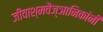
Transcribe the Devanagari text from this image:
जीवाश्मवैज्ञानिकांनी